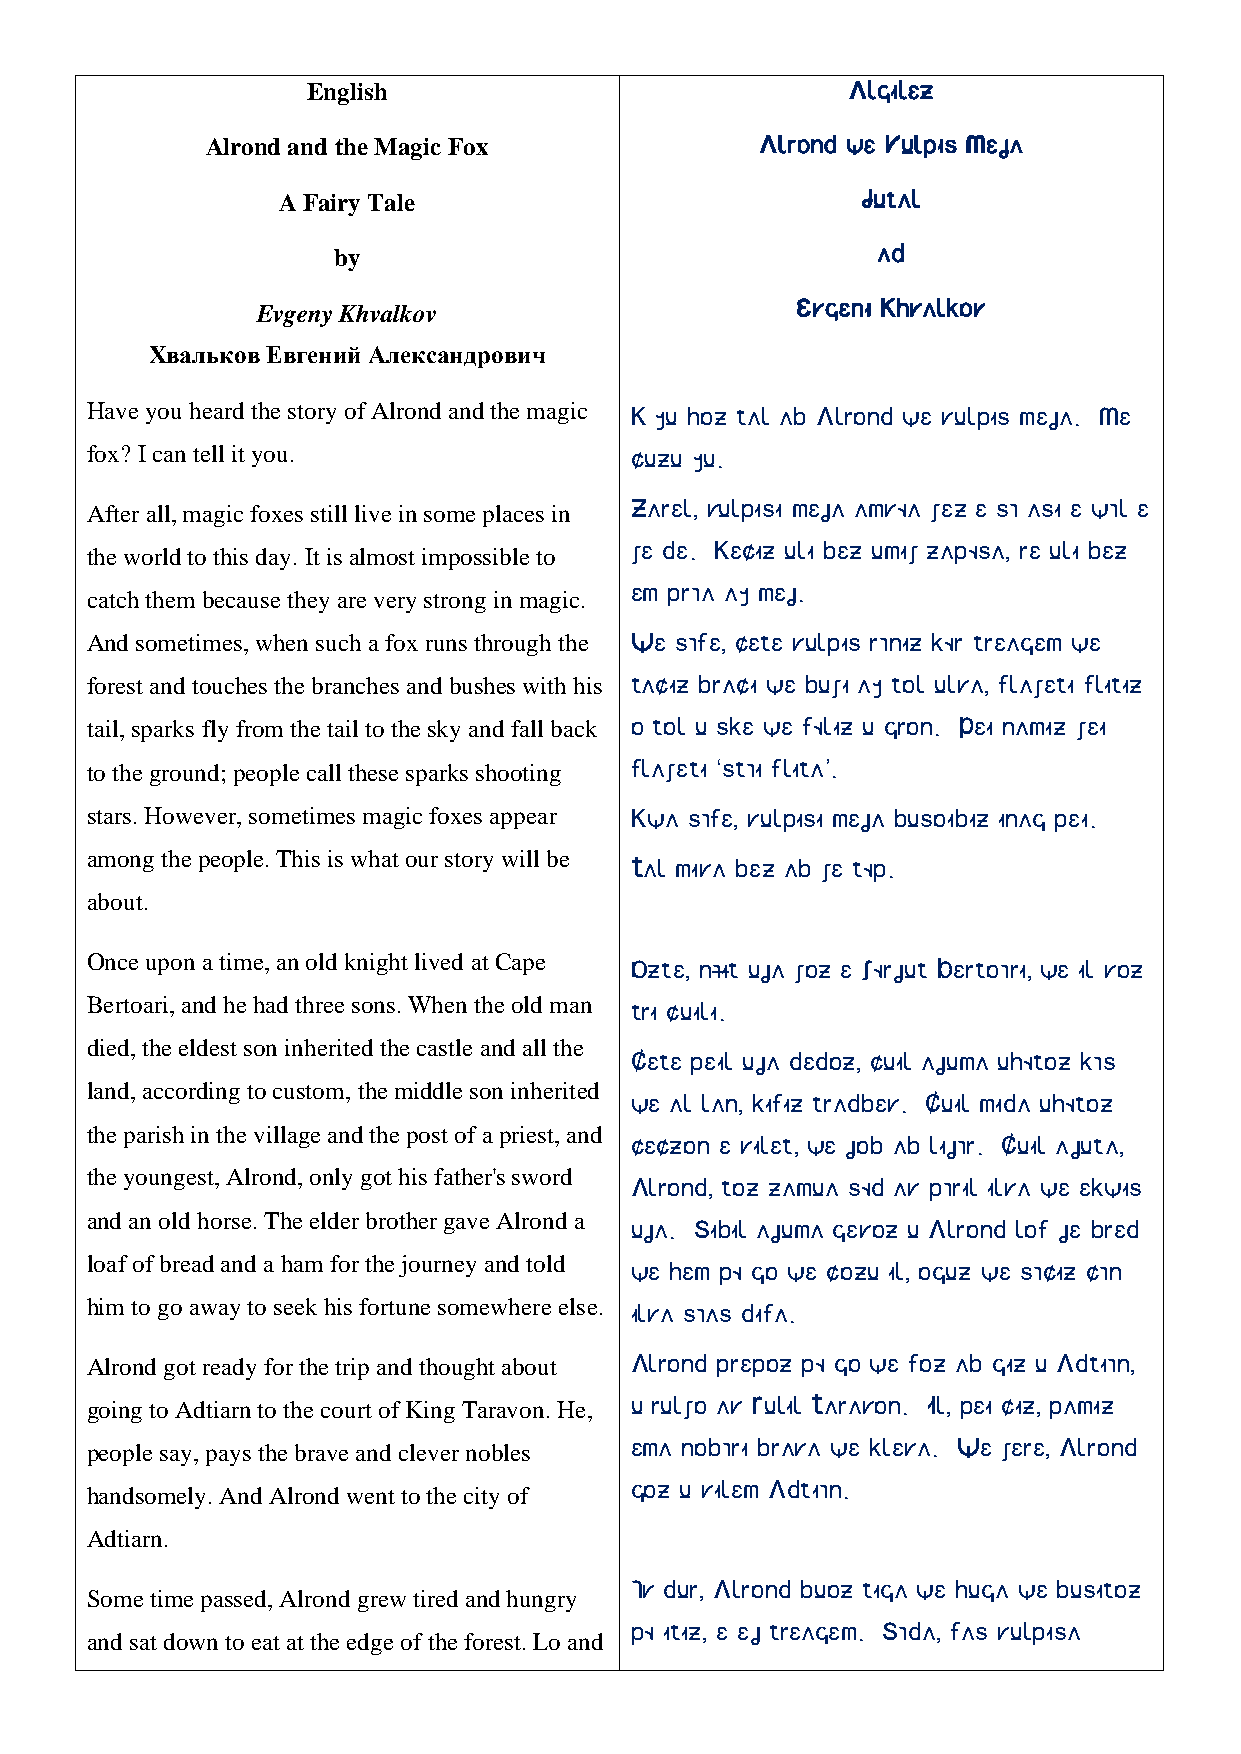
English                             Algilez
 Alrond and the Magic Fox            Alrond we Vulpis Meja
 A Fairy Tale                           Jutal
 by                                  ad
 Evgeny Khvalkov                     Evgeni Khvalkov
 Хвальков Евгений Александрович
 Have you heard the story of Alrond and the magic K yu hoz tal ab Alrond we vulpis meja. Me
 fox? I can tell it you.             cuzu yu.
 After all, magic foxes still live in some places in Zarel, vulpisi meja amvøa xez e sã asi e wãl e
 the world to this day. It is almost impossible to xe de. Keciz uli bez umix zapøsa, re uli bez
 em prãa ay mej.
 catch them because they are very strong in magic.
 And sometimes, when such a fox runs through the We sãfe, cete vulpis rãniz kør treagem we
 forest and touches the branches and bushes with his taciz braci we buxi ay tol ulva, flaxeti flitiz
 tail, sparks fly from the tail to the sky and fall back o tol u ske we føliz u gron. Pei namiz xei
 to the ground; people call these sparks shooting flaxeti ‘stãi flita’.
 stars. However, sometimes magic foxes appear Kwa sãfe, vulpisi meja busoibiz inag pei.
 among the people. This is what our story will be
 Tal miva bez ab xe tøp.
 about.
 Once upon a time, an old knight lived at Cape
 Ozte, nãit uja xoz e Xørjut Bertoãri, we il voz
 Bertoari, and he had three sons. When the old man
 tri cuili.
 died, the eldest son inherited the castle and all the
 Cete peil uja dedoz, cuil ajuma uhøtoz kãs
 land, according to custom, the middle son inherited
 we al lan, kifiz tradbev. Cuil mida uhøtoz
 the parish in the village and the post of a priest, and
 ceczon e vilet, we job ab lijãr. Cuil ajuta,
 the youngest, Alrond, only got his father's sword
 Alrond, toz zamua sød av pãril ilva we ekwis
 and an old horse. The elder brother gave Alrond a
 uja. Sibil ajuma gevoz u Alrond lof je bred
 loaf of bread and a ham for the journey and told
 we hem pø go we cozu il, oguz we sãciz cãn
 him to go away to seek his fortune somewhere else.
 ilva sãas difa.
 Alrond got ready for the trip and thought about Alrond prepoz pø go we foz ab giz u Adtiãn,
 going to Adtiarn to the court of King Taravon. He, u rulxo av Rulil Taravon. Il, pei ciz, pamiz
 people say, pays the brave and clever nobles ema nobãri brava we kleva. We xere, Alrond
 goz u vilem Adtiãn.
 handsomely. And Alrond went to the city of
 Adtiarn.
 Ãv dur, Alrond buoz tiga we huga we busitoz
 Some time passed, Alrond grew tired and hungry
 pø itiz, e ej treagem. Sãda, fas vulpisa
 and sat down to eat at the edge of the forest. Lo and